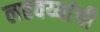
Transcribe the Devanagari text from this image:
लढवय्यांची